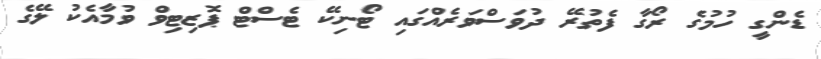
ޑެންގީ ހުމުގެ ރޯގާ ފެތުރޭ ދުވަސްވަރެއްގައި ޓޯނިކޭ ޓެސްޓް ޕޮޒިޓިވް ވުމާއެކު ލޭގެ